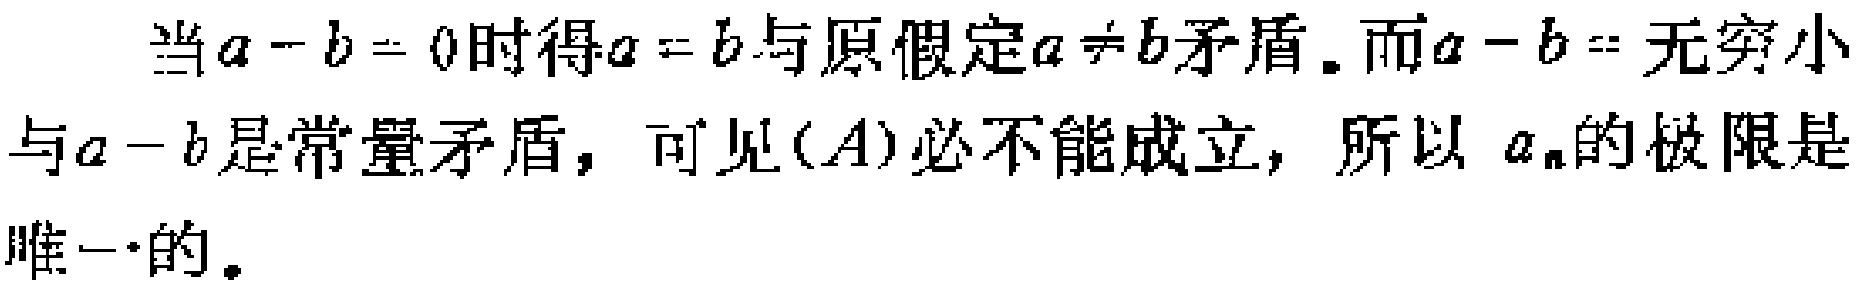
当\(a - b = 0\)时得\(a = b\)与原假定\(a \neq b\)矛盾。而\(a - b =\)无穷小与\(a - b\)是常量矛盾，可见\((A)\)必不能成立，所以 \(a_{n}\)的极限是唯一的。